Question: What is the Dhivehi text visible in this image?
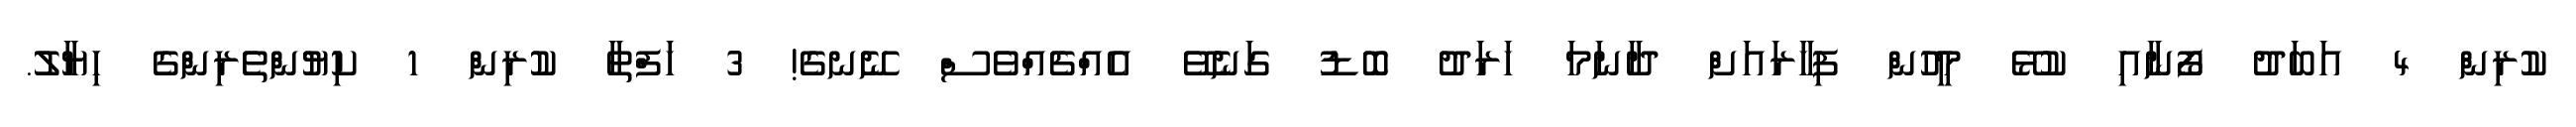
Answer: ކުރިން 4 އަބަދު ފޯނާއި ކުޅޭ މީހުން ފިހާރައަށް ދާނަމަ ހަރަދު ބޮޑު ގަނެވޭ އެއްޗެއްވެސް ނޭނގެ! 3 ހަފްތާ ކުރިން 1 ކިޔުންތެރިންގެ ހިޔާލު.